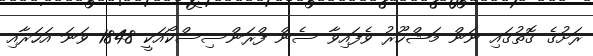
ރަށުގެ ގޮތުގައި ނަން މަޝްހޫރު ވެފައިވާ ސެން ފްރަންސިސްކޯއަކީ 1848 ވަނަ އަހަރާއި